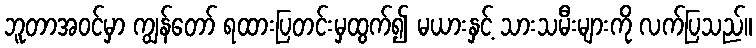
ဘူတာအဝင်မှာ ကျွန်တော် ရထားပြတင်းမှထွက်၍ မယားနှင့် သားသမီးများကို လက်ပြသည်။